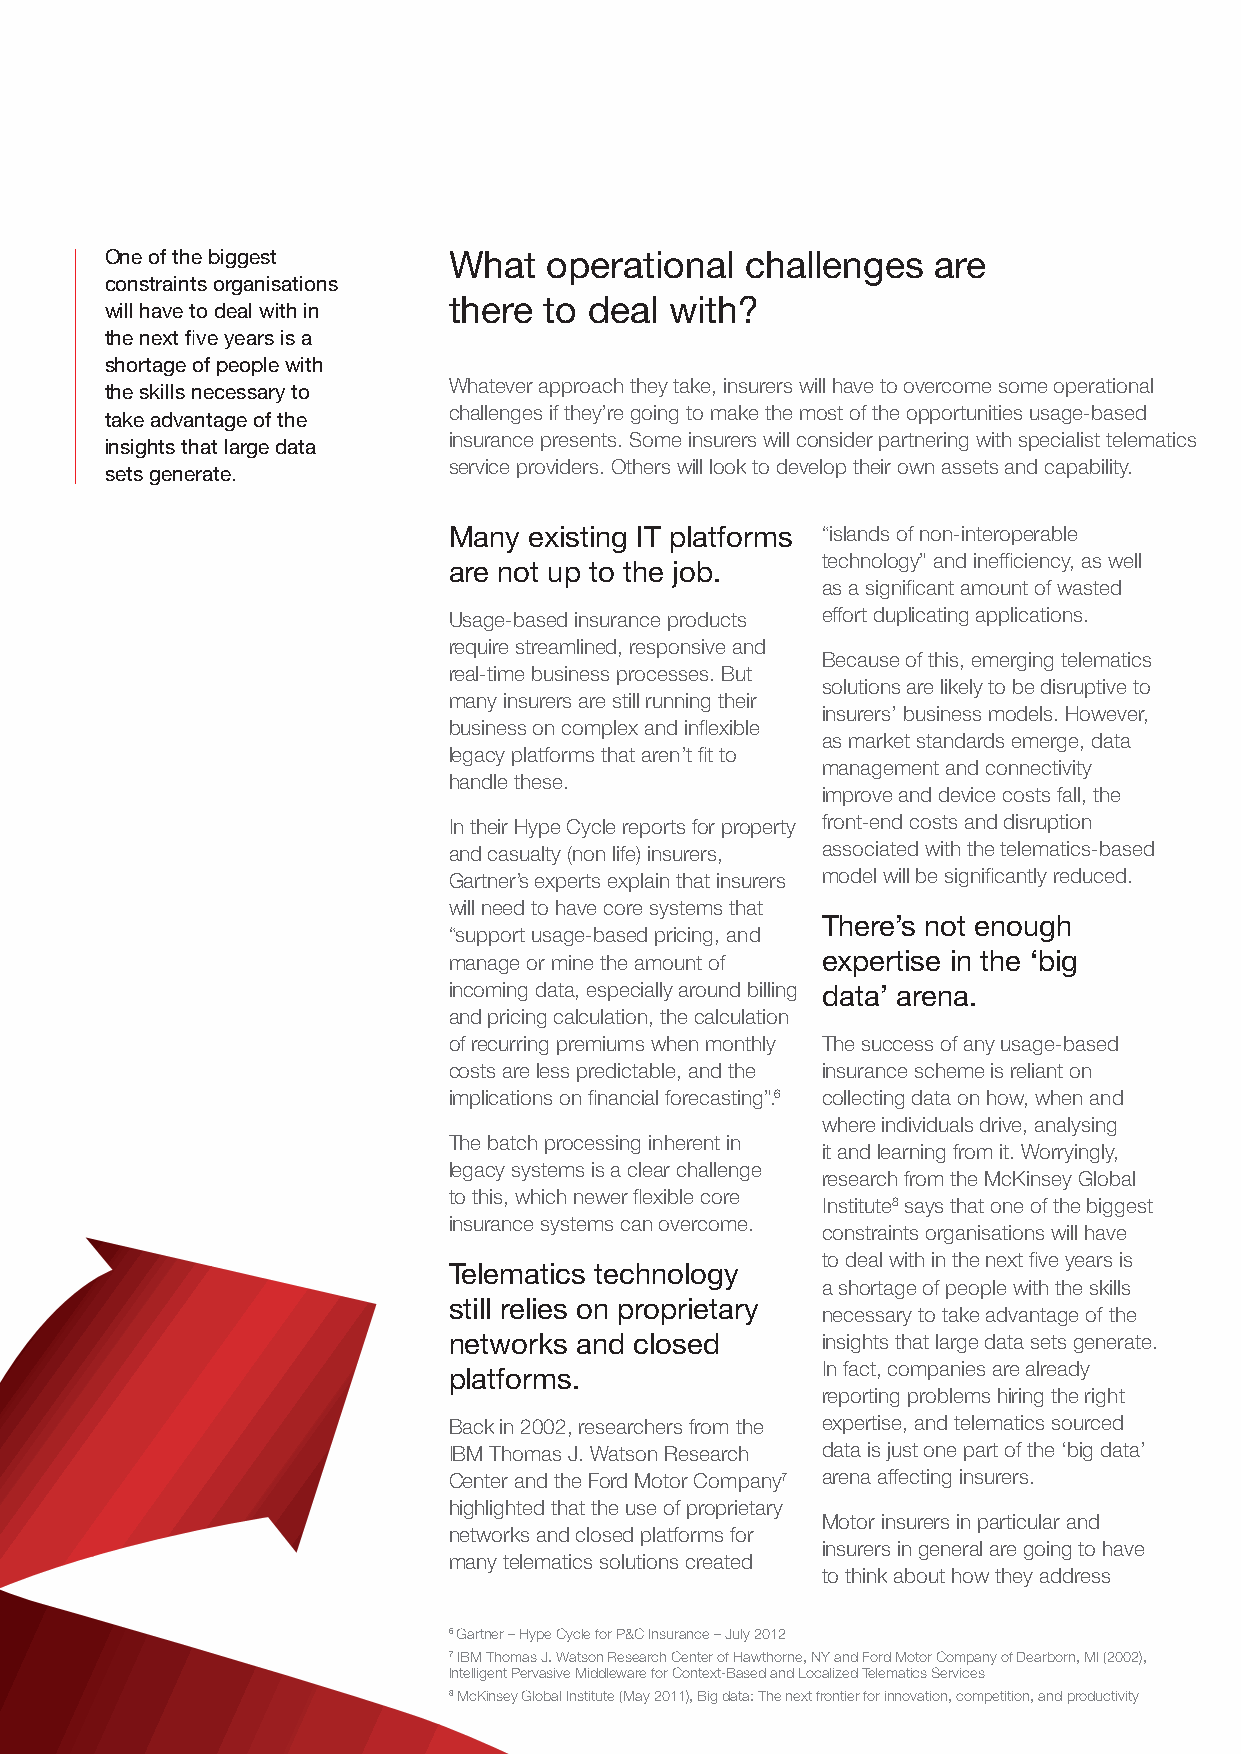
One of the biggest     What  operational  challenges   are
 constraints organisations
 there to deal with?
 will have to deal with in
 the next five years is a
 shortage of people with
 Whatever approach they take, insurers will have to overcome some operational
 the skills necessary to
 challenges if they’re going to make the most of the opportunities usage-based
 take advantage of the
 insurance presents. Some insurers will consider partnering with specialist telematics
 insights that large data
 service providers. Others will look to develop their own assets and capability.
 sets generate.
 Many existing IT platforms “islands of non-interoperable
 technology” and inefficiency, as well
 are not up to the job.
 as a significant amount of wasted
 Usage-based insurance products effort duplicating applications.
 require streamlined, responsive and
 Because of this, emerging telematics
 real-time business processes. But
 solutions are likely to be disruptive to
 many insurers are still running their
 insurers’ business models. However,
 business on complex and inflexible
 as market standards emerge, data
 legacy platforms that aren’t fit to
 management and connectivity
 handle these.
 improve and device costs fall, the
 In their Hype Cycle reports for property front-end costs and disruption
 and casualty (non life) insurers, associated with the telematics-based
 Gartner’s experts explain that insurers model will be significantly reduced.
 will need to have core systems that
 There’s not enough
 “support usage-based pricing, and
 manage or mine the amount of expertise in the ‘big
 incoming data, especially around billing data’ arena.
 and pricing calculation, the calculation
 of recurring premiums when monthly The success of any usage-based
 costs are less predictable, and the insurance scheme is reliant on
 implications on financial forecasting”.6 collecting data on how, when and
 where individuals drive, analysing
 The batch processing inherent in
 it and learning from it. Worryingly,
 legacy systems is a clear challenge
 research from the McKinsey Global
 to this, which newer flexible core
 Institute8 says that one of the biggest
 insurance systems can overcome.
 constraints organisations will have
 to deal with in the next five years is
 Telematics technology
 a shortage of people with the skills
 still relies on proprietary
 necessary to take advantage of the
 networks and closed     insights that large data sets generate.
 In fact, companies are already
 platforms.
 reporting problems hiring the right
 Back in 2002, researchers from the expertise, and telematics sourced
 IBM Thomas J. Watson Research data is just one part of the ‘big data’
 Center and the Ford Motor Company7 arena affecting insurers.
 highlighted that the use of proprietary
 Motor insurers in particular and
 networks and closed platforms for
 insurers in general are going to have
 many telematics solutions created
 to think about how they address
 6 Gartner – Hype Cycle for P&C Insurance – July 2012
 7 IBM Thomas J. Watson Research Center of Hawthorne, NY and Ford Motor Company of Dearborn, MI (2002),
 Intelligent Pervasive Middleware for Context-Based and Localized Telematics Services
 8 McKinsey Global Institute (May 2011), Big data: The next frontier for innovation, competition, and productivity